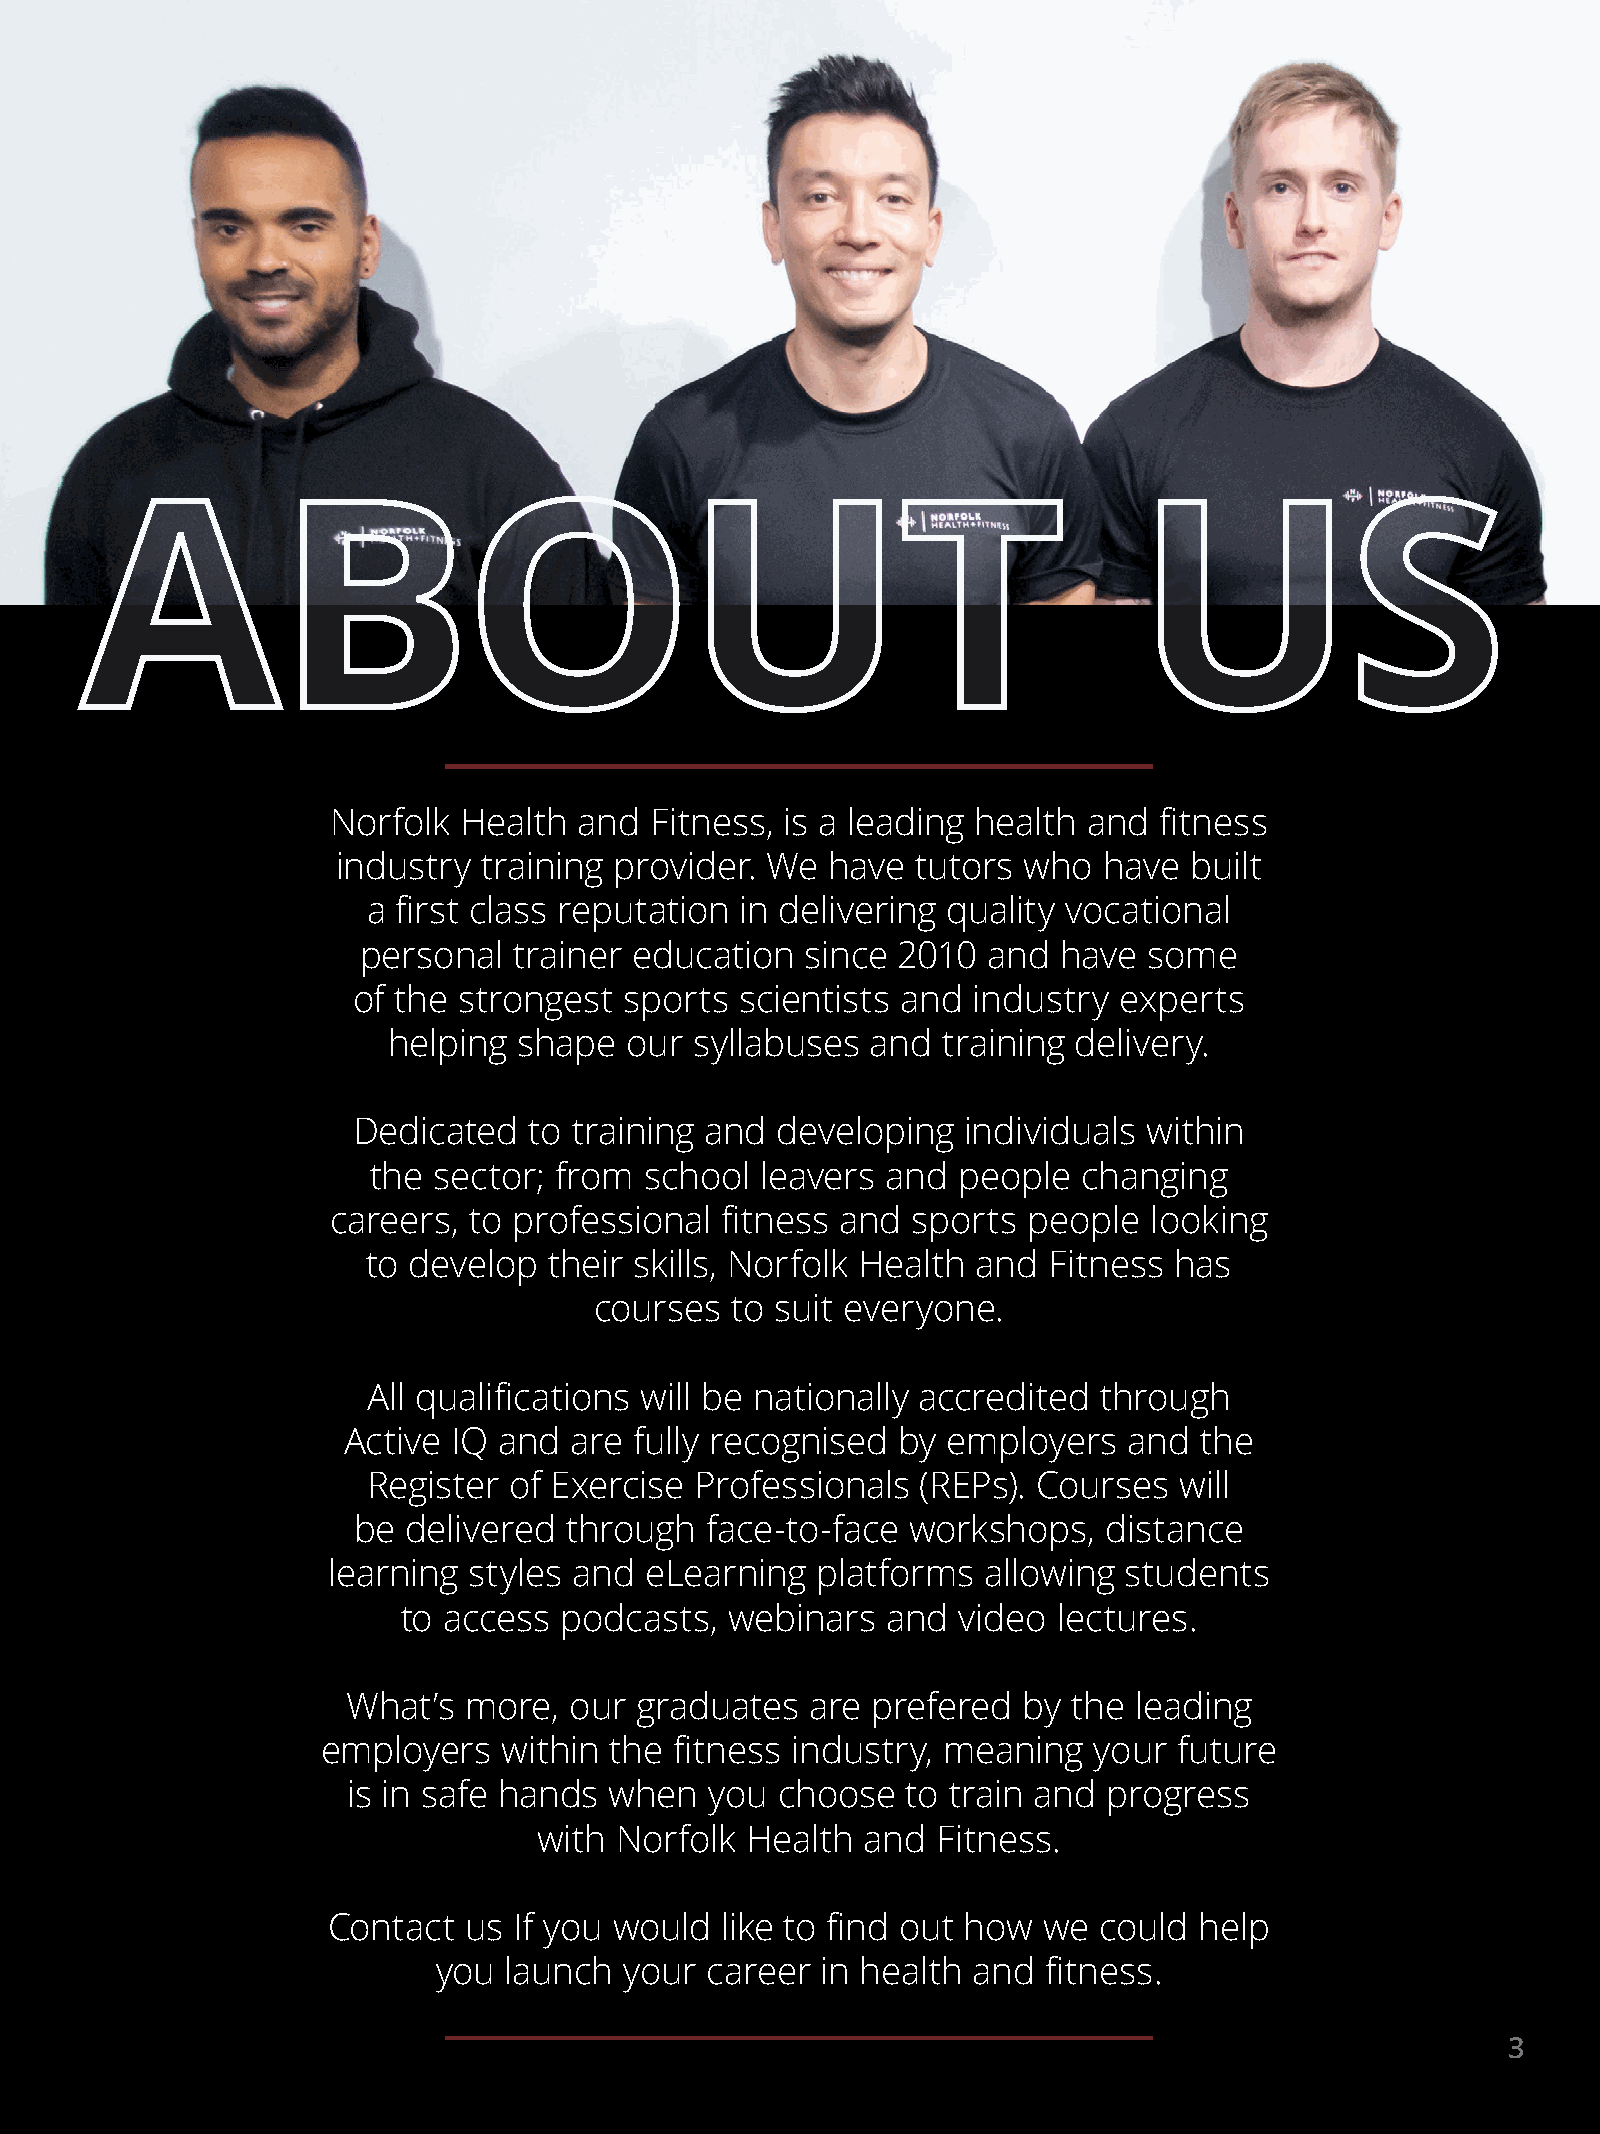
Norfolk  Health and  Fitness, is a leading health and  fitness
 industry  training provider. We  have  tutors who  have  built
 a first class reputation in delivering quality vocational
 personal  trainer education  since 2010  and  have  some
 of the strongest  sports  scientists and industry  experts
 helping shape  our  syllabuses  and training delivery.
 Dedicated   to training and developing   individuals within
 the sector; from  school leavers  and people   changing
 careers, to professional  fitness and sports  people  looking
 to develop  their skills, Norfolk Health and Fitness  has
 courses  to suit everyone.
 All qualifications will be nationally accredited through
 Active IQ and  are fully recognised by  employers   and the
 Register  of Exercise Professionals  (REPs). Courses  will
 be  delivered through   face-to-face workshops,   distance
 learning styles and  eLearning  platforms  allowing  students
 to access podcasts,  webinars   and video  lectures.
 What’s  more,  our graduates   are prefered  by the leading
 employers   within the  fitness industry, meaning  your  future
 is in safe hands when   you  choose  to train and progress
 with Norfolk Health  and  Fitness.
 Contact  us If you would  like to find out how we  could help
 you launch  your  career in health and  fitness.
 3